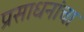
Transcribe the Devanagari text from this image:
प्रसाधनांचा